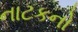
નાટકનો